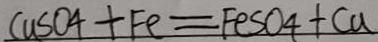
C u S O _ { 4 } + F e = F e S O _ { 4 } + C u